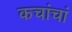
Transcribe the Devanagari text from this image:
कचांचां